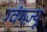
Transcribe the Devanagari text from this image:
ग्वंगज़्यू